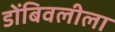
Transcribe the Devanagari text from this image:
डोंबिवलीला